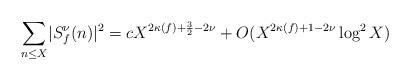
LaTeX: \begin{align*} \sum_{n \leq X} \lvert S_f^\nu(n) \rvert^2 = c X^{2\kappa(f) + \frac{3}{2} - 2\nu} + O(X^{2\kappa(f) + 1 - 2\nu}\log^2 X)\end{align*}